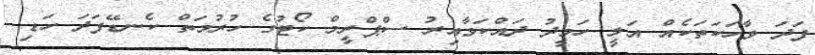
ފަދަ ވާހަކަތަކެއް އަލީ ހަމީދު ދައްކަވާއިރު ސްޕްރީމް ކޯޓުގެ ހުރުމަތް ކެނޑޭފަދަ ހަޑި